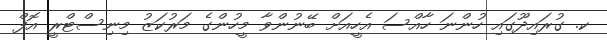
ކ. ގުރައިދޫގައި ހުންނަ ހާއްސަ އެހީއަށް ބޭނުންވާ މީހުންގެ މަރުކަޒު މިނިސްޓްރީ އޮފް